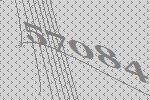
57084